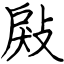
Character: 㪐